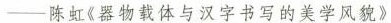
——陈虹《器物载体与汉字书写的美学风貌》